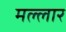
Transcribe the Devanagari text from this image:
मल्लार